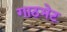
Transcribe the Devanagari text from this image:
गाठभेट